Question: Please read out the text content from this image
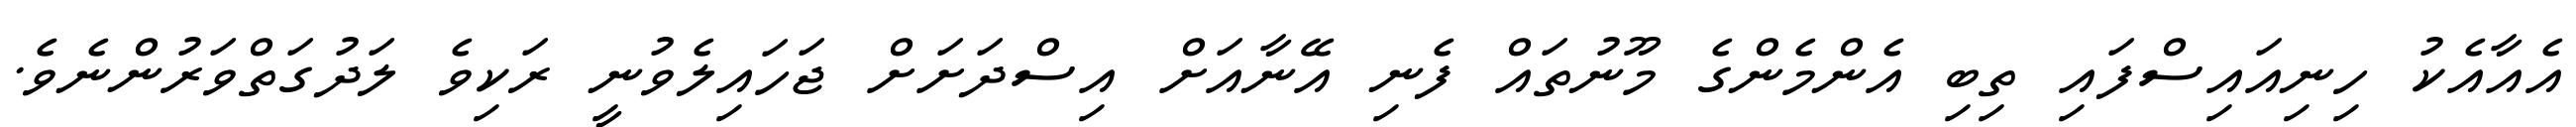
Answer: އެއާއެކު ހިނިއައިސްފައި ތިބި އެންމެންގެ މޫނުތައް ފެނި އޭނާއަށް އިސްދަށަށް ޖަހައިލެވުނީ ރަކިވެ ލަދުގަތްވަރުންނެވެ.